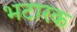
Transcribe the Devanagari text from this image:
भटारक